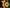
to